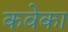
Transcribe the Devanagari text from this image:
कवेका